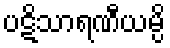
ပဋိသာရဏီယမ္ပိ